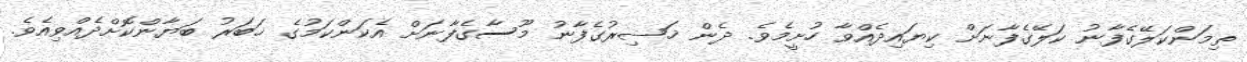
ތިމަންކަލޭގެފާނު ކަލޭގެފާނަށް ކިޔައިދެއްވާ ހުށީމެވެ. ދެން ޚަޟިރުގެފާނު މޫސާގެފާނަށް އެކަންކަމުގެ ޚަބަރު ބަޔާންކޮށްދެއްވިއެވެ.